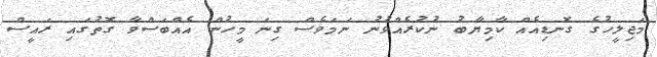
މަޖިލީހުގެ ގޮނޑިއެއް ކާމިޔާބު ނުކުރެއްވުނު ނަމަވެސް ގިނަ މީހުން އެއްބަސްވާ ގޮތުގައި ރައީސް